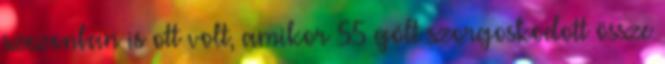
szezonban is ott volt, amikor 55 gólt szorgoskodott össze